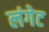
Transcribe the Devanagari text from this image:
लंगेट